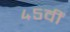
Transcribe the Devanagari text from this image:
४५वीं